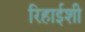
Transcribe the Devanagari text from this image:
रिहाईशी